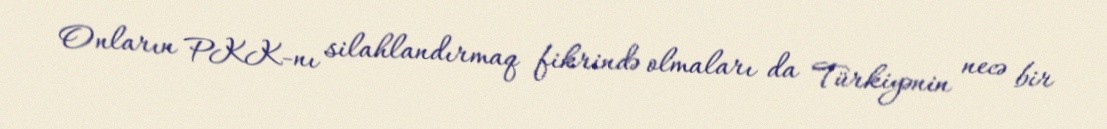
Onların PKK-nı silahlandırmaq fikrində olmaları da Türkiyənin necə bir